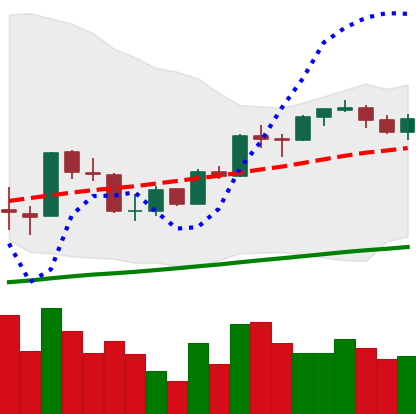
Ticker: BTC-USD
Chart end date: 2017-10-05
Forward return: 10.479%
Label: up_7plus